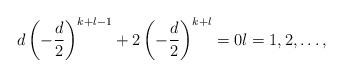
LaTeX: \begin{align*}d\left(-\frac{d}{2}\right)^{k+l-1}+2\left(-\frac{d}{2}\right)^{k+l}=0 l=1,2,\ldots,\end{align*}